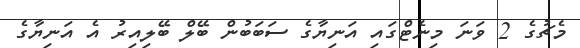
މެޗުގެ 2 ވަނަ މިނެޓްގައި އަނިޔާގެ ސަބަބުން ބޭލް ބޭލިއިރު އެ އަނިޔާގެ